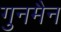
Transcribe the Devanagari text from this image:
गुनमैन